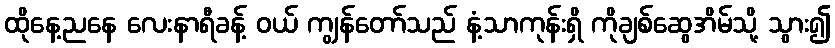
ထိုနေ့ညနေ လေးနာရီခန့် ဝယ် ကျွန်တော်သည် နံ့သာကုန်းရှိ ကိုချစ်ဆွေအိမ်သို့ သွား၍